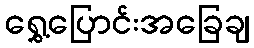
ရွှေ့ပြောင်းအခြေချ